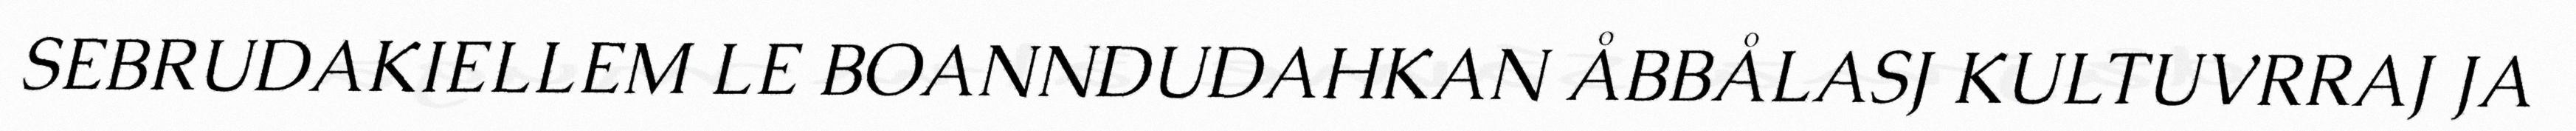
SEBRUDAKIELLEM LE BOANNDUDAHKAN ÅBBÅLASJ KULTUVRRAJ JA